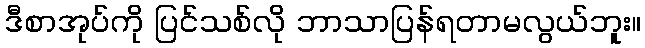
ဒီစာအုပ်ကို ပြင်သစ်လို ဘာသာပြန်ရတာမလွယ်ဘူး။